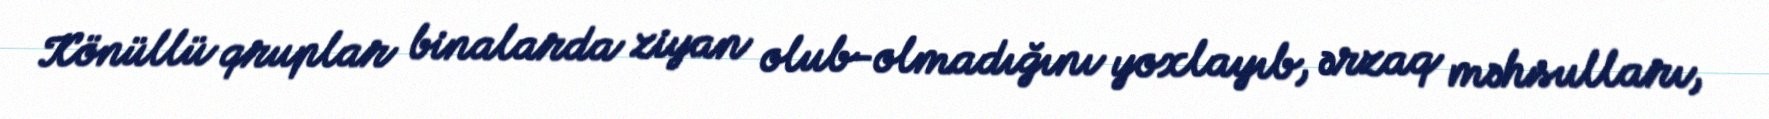
Könüllü qruplar binalarda ziyan olub-olmadığını yoxlayıb, ərzaq məhsulları,